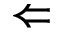
\Leftarrow